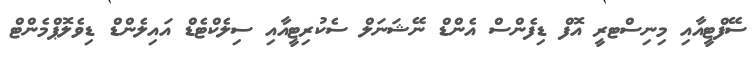
ސޭފްޓީއާއި މިނިސްޓރީ އޮފް ޑިފެންސް އެންޑް ނޭޝަނަލް ސެކުރިޓީއާއި ސިލެކްޓެޑް އައިލެންޑް ޑިވެލޮޕްމެންޓް